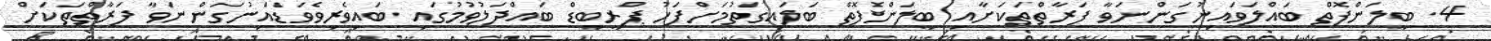
4. ބީލަންފޮތް ބައްލަވައިނުގަންނަވާ ފަރާތްތަކަށާއި ބީލަންފޮތް ބަލައިގަތުމަށްފަހު ޕްރީބިޑް ބައްދަލުވުމުގައި ބައިވެރިވެވަޑައިނުގަންނަވާ ފަރާތްތަކަށް